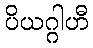
ပိယဂ္ဂါဟီ